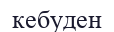
кебуден